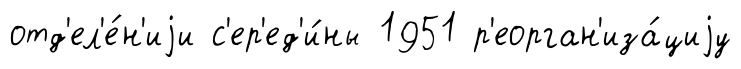
отд'ел'е́н'иjи с'ер'ед'и́ны 1951 р'еорган'иза́циjу